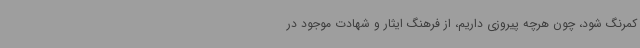
کمرنگ شود، چون هرچه پیروزی داریم، از فرهنگ ایثار و شهادت موجود در